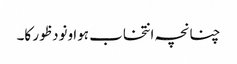
چنانچہ انتخاب ہوا ونود ظور کا۔